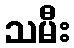
သမီး